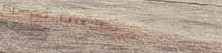
Speed Limit 60